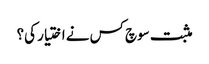
مثبت سوچ کس نے اختیار کی؟